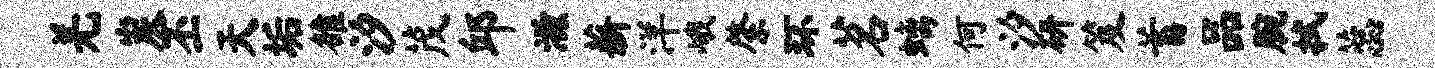
羌炭丕天垢雒汐茂邱滋薪洋峨綮环茗螭何汐研笈蓄品腕拭蕊